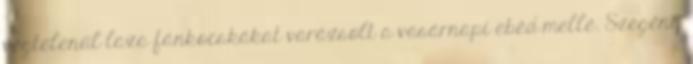
végtelenül laza fánkocskákat varázsolt a vasárnapi ebéd mellé. Szegény